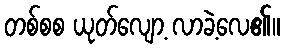
တစ်စစ ယုတ်လျော့ လာခဲ့လေ၏။